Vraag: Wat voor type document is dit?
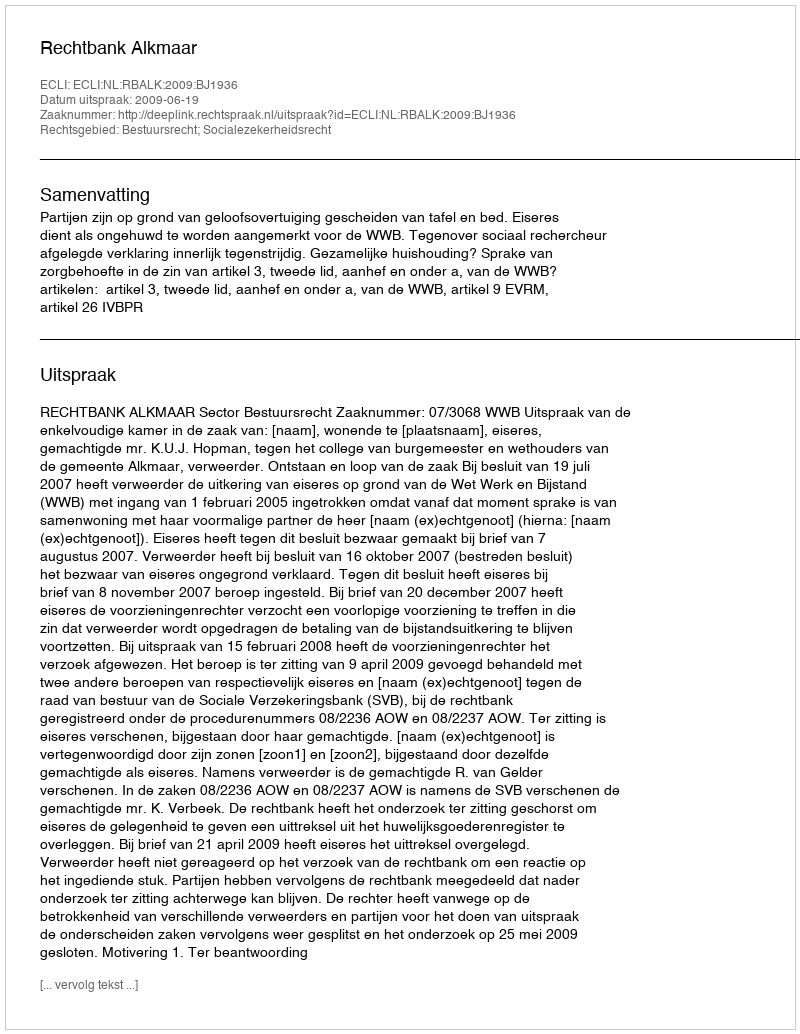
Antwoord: Uitspraak